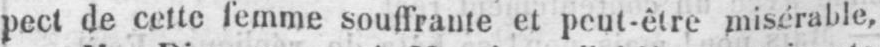
pect de cette femme souffrante et peut-être misérable,